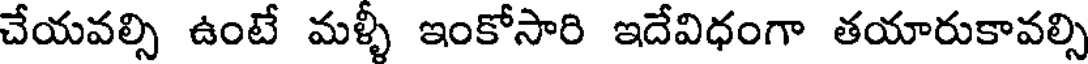
చేయవల్సి ఉంటే మళ్ళీ ఇంకోసారి ఇదేవిధంగా తయారుకావల్సి